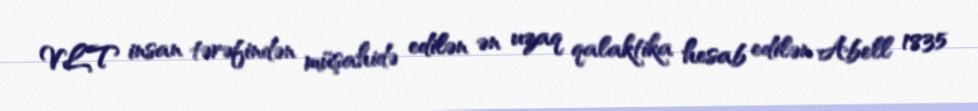
VLT insan tərəfindən müşahidə edilən ən uzaq qalaktika hesab edilən Abell 1835